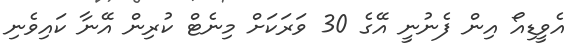
އެވީޑިއޯ އިން ފެނުނީ އޭގެ 30 ވަރަކަށް މިނެޓް ކުރިން އޭނާ ކައިވެނި